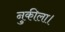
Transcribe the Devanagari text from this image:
नुकीला।